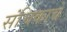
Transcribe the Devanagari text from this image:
संचिकाचे